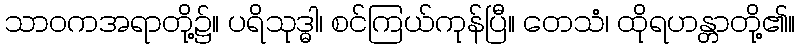
သာဝကအရာတို့၌။ ပရိသုဒ္ဓါ၊ စင်ကြယ်ကုန်ပြီ။ တေသံ၊ ထိုရဟန္တာတို့၏။